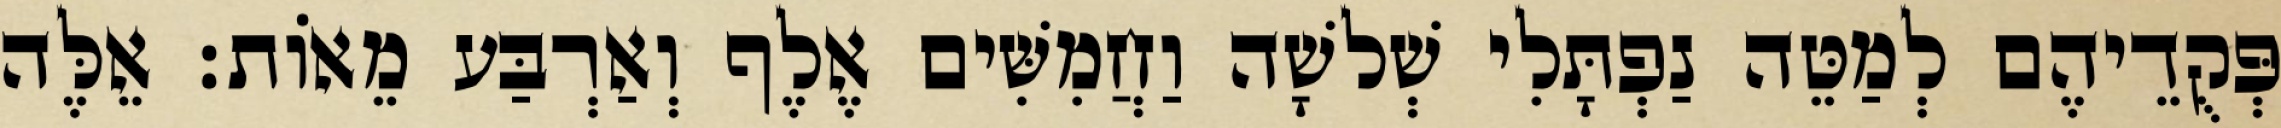
פְּקֻדֵיהֶם לְמַטֵּה נַפְתָּלִי שְׁלשָׁה וַחֲמִשִּׁים אֶלֶף וְאַרְבַּע מֵאוֹת׃ אֵלֶּה